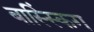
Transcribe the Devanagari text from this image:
बास्स्किंग